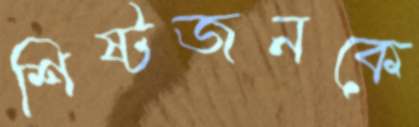
শিষ্টজনকে